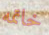
خاتمه